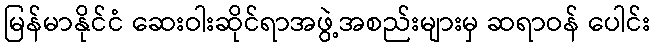
မြန်မာနိုင်ငံ ဆေးဝါးဆိုင်ရာအဖွဲ့အစည်းများမှ ဆရာဝန် ပေါင်း